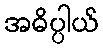
အဓိပ္ပါယ်